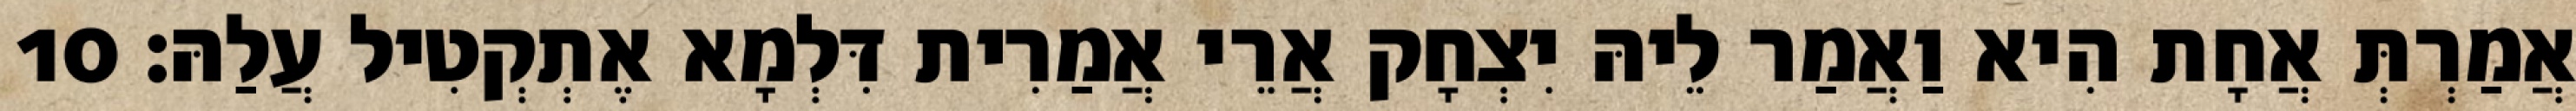
אֲמַרְתְּ אֲחָת הִיא וַאֲמַר לֵיהּ יִצְחָק אֲרֵי אֲמַרִית דִּלְמָא אֶתְקְטִיל עֲלַהּ׃ 10